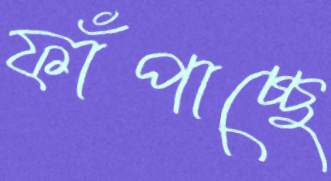
ফাঁপাচ্ছে